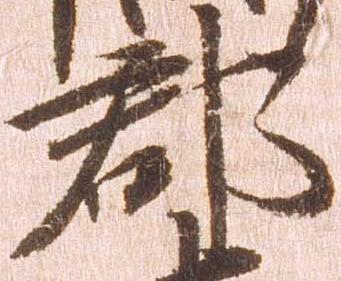
郡